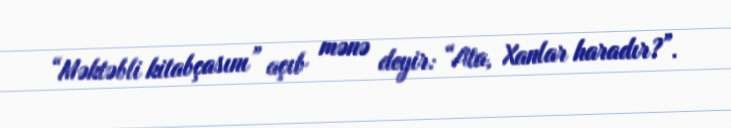
“Məktəbli kitabçasını” açıb mənə deyir: “Ata, Xanlar haradır?”.